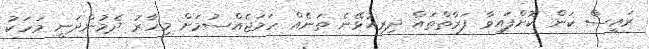
ރައީސް ކަން ކޮށްފައިވާ ފަރާތްތައް ދިރިއުޅޭނެ ތަނެއް ހަމަޖެއްސުމަށް މިހާރު ދެމުންދަނީ މަހަކު